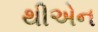
થીએન